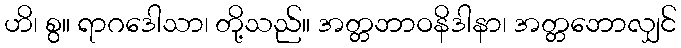
ဟိ၊ စွ။ ရာဂဒေါသာ၊ တို့သည်။ အတ္တဘာဝနိဒါနာ၊ အတ္တဘောလျှင်